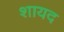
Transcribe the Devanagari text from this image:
शायद